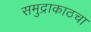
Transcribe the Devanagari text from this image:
समुद्राकाठचा